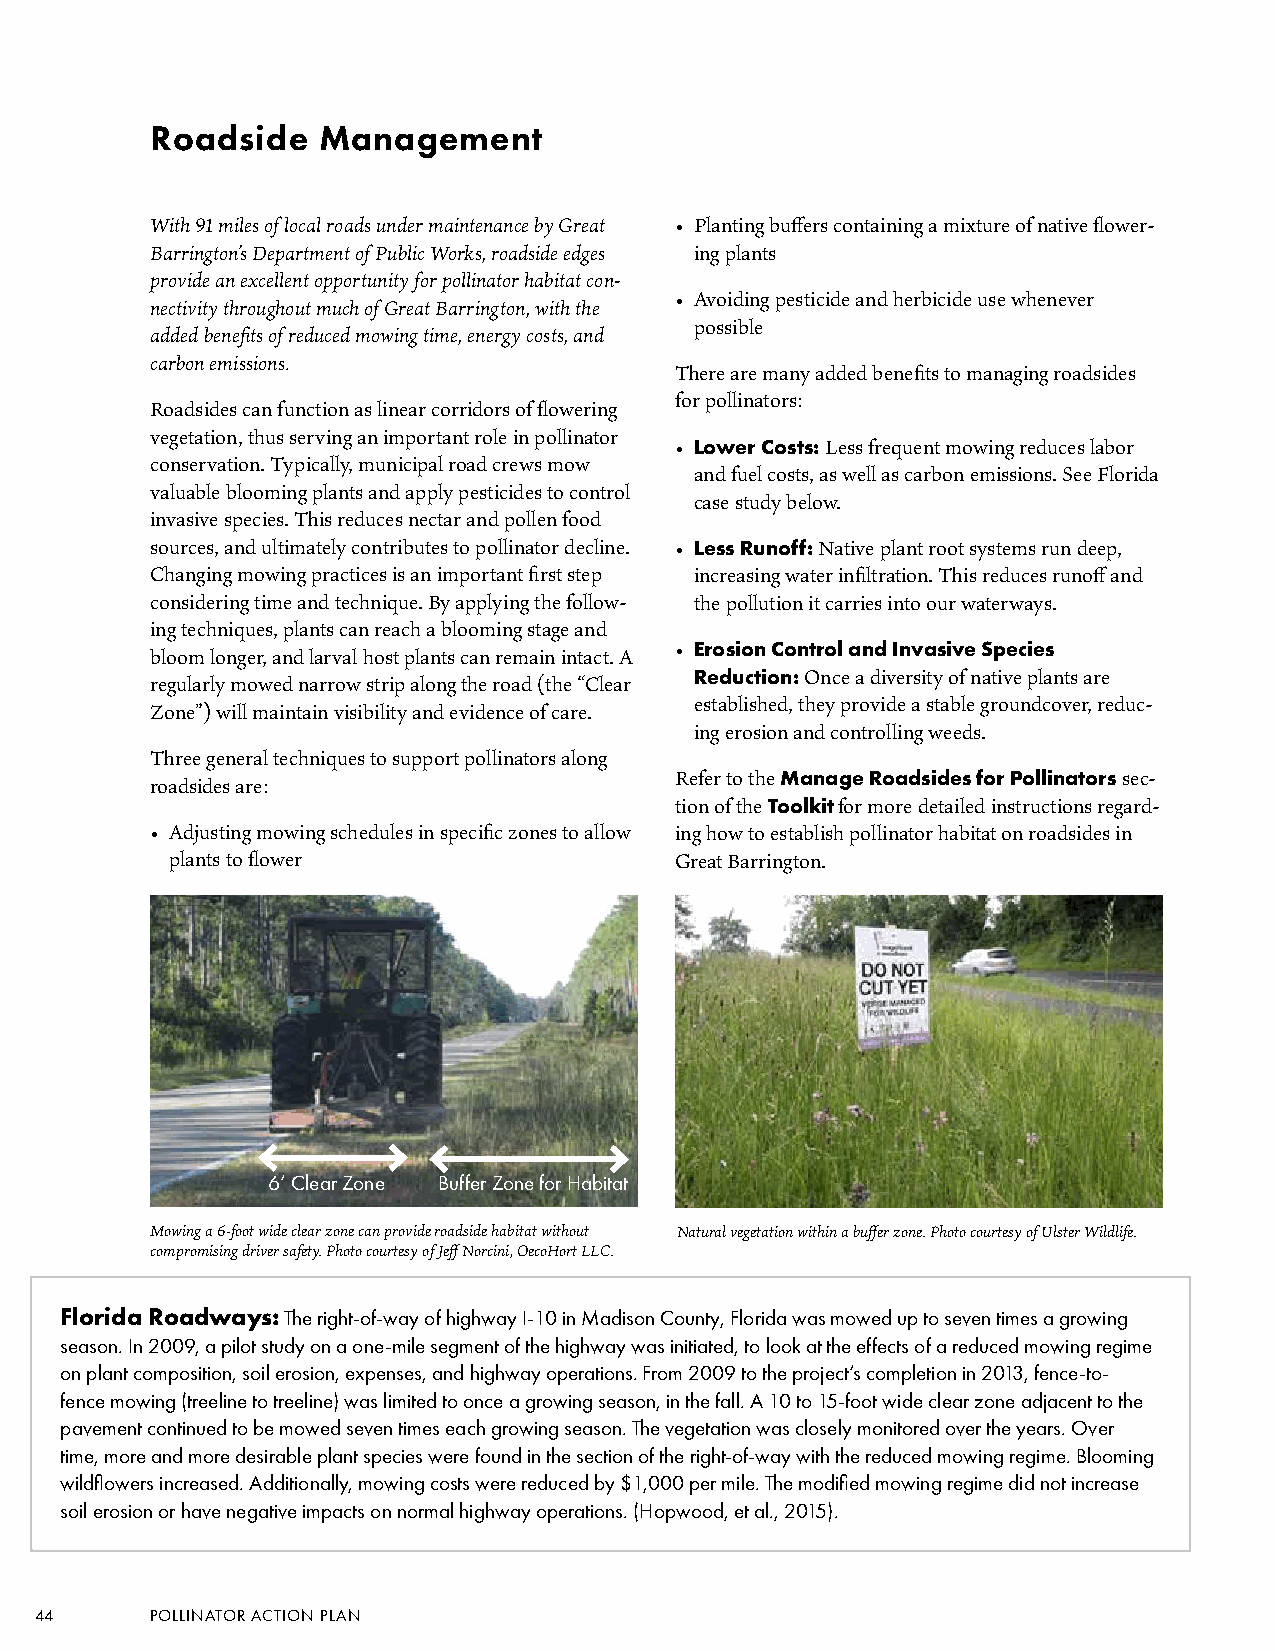
Roadside   Management
 With 91 miles of local roads under maintenance by Great • Planting buffers containing a mixture of native flower-
 Barrington’s Department of Public Works, roadside edges ing plants
 provide an excellent opportunity for pollinator habitat con-
 • Avoiding pesticide and herbicide use whenever
 nectivity throughout much of Great Barrington, with the
 possible
 added benefits of reduced mowing time, energy costs, and
 carbon emissions.
 There are many added benefits to managing roadsides
 for pollinators:
 Roadsides can function as linear corridors of flowering
 vegetation, thus serving an important role in pollinator
 • Lower Costs: Less frequent mowing reduces labor
 conservation. Typically, municipal road crews mow
 and fuel costs, as well as carbon emissions. See Florida
 valuable blooming plants and apply pesticides to control
 case study below.
 invasive species. This reduces nectar and pollen food
 sources, and ultimately contributes to pollinator decline. • Less Runoff: Native plant root systems run deep,
 Changing mowing practices is an important first step increasing water infiltration. This reduces runoff and
 considering time and technique. By applying the follow- the pollution it carries into our waterways.
 ing techniques, plants can reach a blooming stage and
 • Erosion Control and Invasive Species
 bloom longer, and larval host plants can remain intact. A
 Reduction: Once a diversity of native plants are
 regularly mowed narrow strip along the road (the “Clear
 established, they provide a stable groundcover, reduc-
 Zone”) will maintain visibility and evidence of care.
 ing erosion and controlling weeds.
 Three general techniques to support pollinators along
 Refer to the Manage Roadsides for Pollinators sec-
 roadsides are:
 tion of the Toolkit for more detailed instructions regard-
 • Adjusting mowing schedules in specific zones to allow ing how to establish pollinator habitat on roadsides in
 plants to flower                  Great Barrington.
 6’ Clear Zone Buffer Zone for Habitat
 Mowing a 6-foot wide clear zone can provide roadside habitat without Natural vegetation within a buffer zone. Photo courtesy of Ulster Wildlife.
 compromising driver safety. Photo courtesy of Jeff Norcini, OecoHort LLC.
 Florida Roadways: The right-of-way of highway I-10 in Madison County, Florida was mowed up to seven times a growing
 season. In 2009, a pilot study on a one-mile segment of the highway was initiated, to look at the effects of a reduced mowing regime
 on plant composition, soil erosion, expenses, and highway operations. From 2009 to the project’s completion in 2013, fence-to-
 fence mowing (treeline to treeline) was limited to once a growing season, in the fall. A 10 to 15-foot wide clear zone adjacent to the
 pavement continued to be mowed seven times each growing season. The vegetation was closely monitored over the years. Over
 time, more and more desirable plant species were found in the section of the right-of-way with the reduced mowing regime. Blooming
 wildflowers increased. Additionally, mowing costs were reduced by $1,000 per mile. The modified mowing regime did not increase
 soil erosion or have negative impacts on normal highway operations. (Hopwood, et al., 2015).
 44      POLLINATOR ACTION PLAN